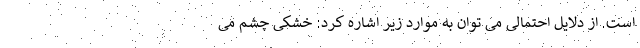
است. از دلایل احتمالی می توان به موارد زیر اشاره کرد: خشکی چشم می